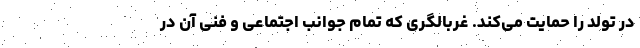
در تولد را حمایت می‌کند. غربالگری که تمام جوانب اجتماعی و فنی آن در